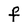
Character: F